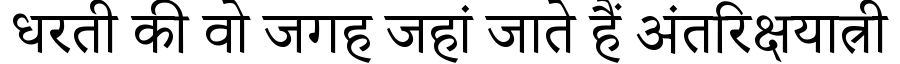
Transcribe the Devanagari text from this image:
धरती की वो जगह जहां जाते हैं अंतरिक्षयात्री